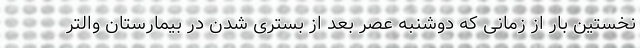
نخستین بار از زمانی که دوشنبه عصر بعد از بستری شدن در بیمارستان والتر